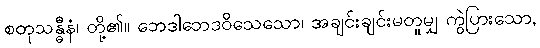
စတုသန္ဓီနံ၊ တို့၏။ ဘေဒါဘေဒဝိသေသော၊ အချင်းချင်းမတူမျှ ကွဲပြားသော,